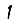
Digit: 1